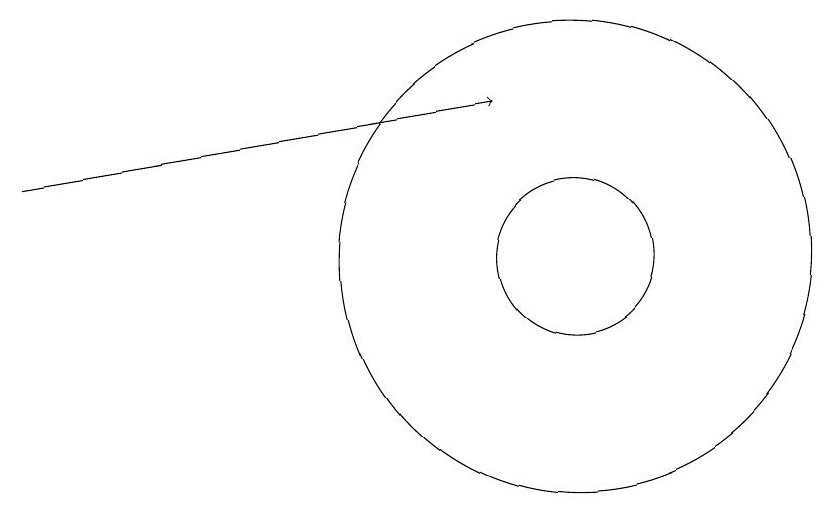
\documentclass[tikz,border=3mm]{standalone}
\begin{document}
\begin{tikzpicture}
\draw[->] (3,13) -- (9,14);
\draw (10,12) circle (1);
\draw (10,12) circle (3);
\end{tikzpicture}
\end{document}